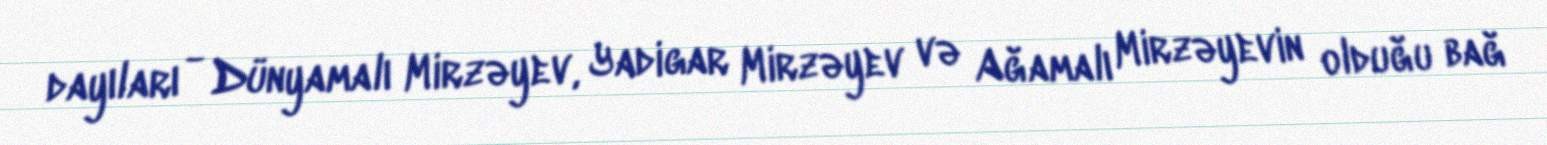
dayıları - Dünyamalı Mirzəyev, Yadigar Mirzəyev və Ağamalı Mirzəyevin olduğu bağ